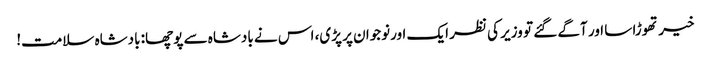
خیر تھوڑا سا اور آگے گئے تو وزیر کی نظر ایک اورنوجوان پر پڑی، اس نے بادشاہ سے پوچھا: بادشاہ سلامت!